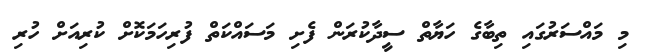
މި މައްސަރުގައި ތިބާގެ ހަޔާތް ސީދާކުރަން ފެށި މަސައްކަތް ފުރިހަމަކޮށް ކުރިއަށް ހުރި